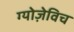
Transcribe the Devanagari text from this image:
ग्योज़ेविच